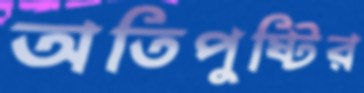
অতিপুষ্টির